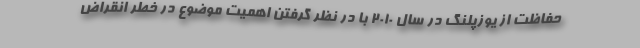
حفاظت از یوزپلنگ در سال ۲۰۱۰ با در نظر گرفتن اهمیت موضوع در خطر انقراض